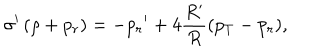
\sigma ^ { \prime } \left( \rho + { p _ { r } } \right) = - { p _ { r } } ^ { \prime } + 4 { \frac { R ^ { \prime } } { R } } ( { p _ { T } } - { p _ { r } } ) ,